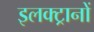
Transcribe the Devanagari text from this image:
इलक्ट्रानों